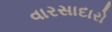
વારસાદારો